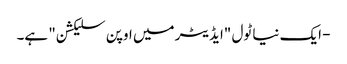
- ایک نیا ٹول "ایڈیٹر میں اوپن سلیکشن" ہے۔